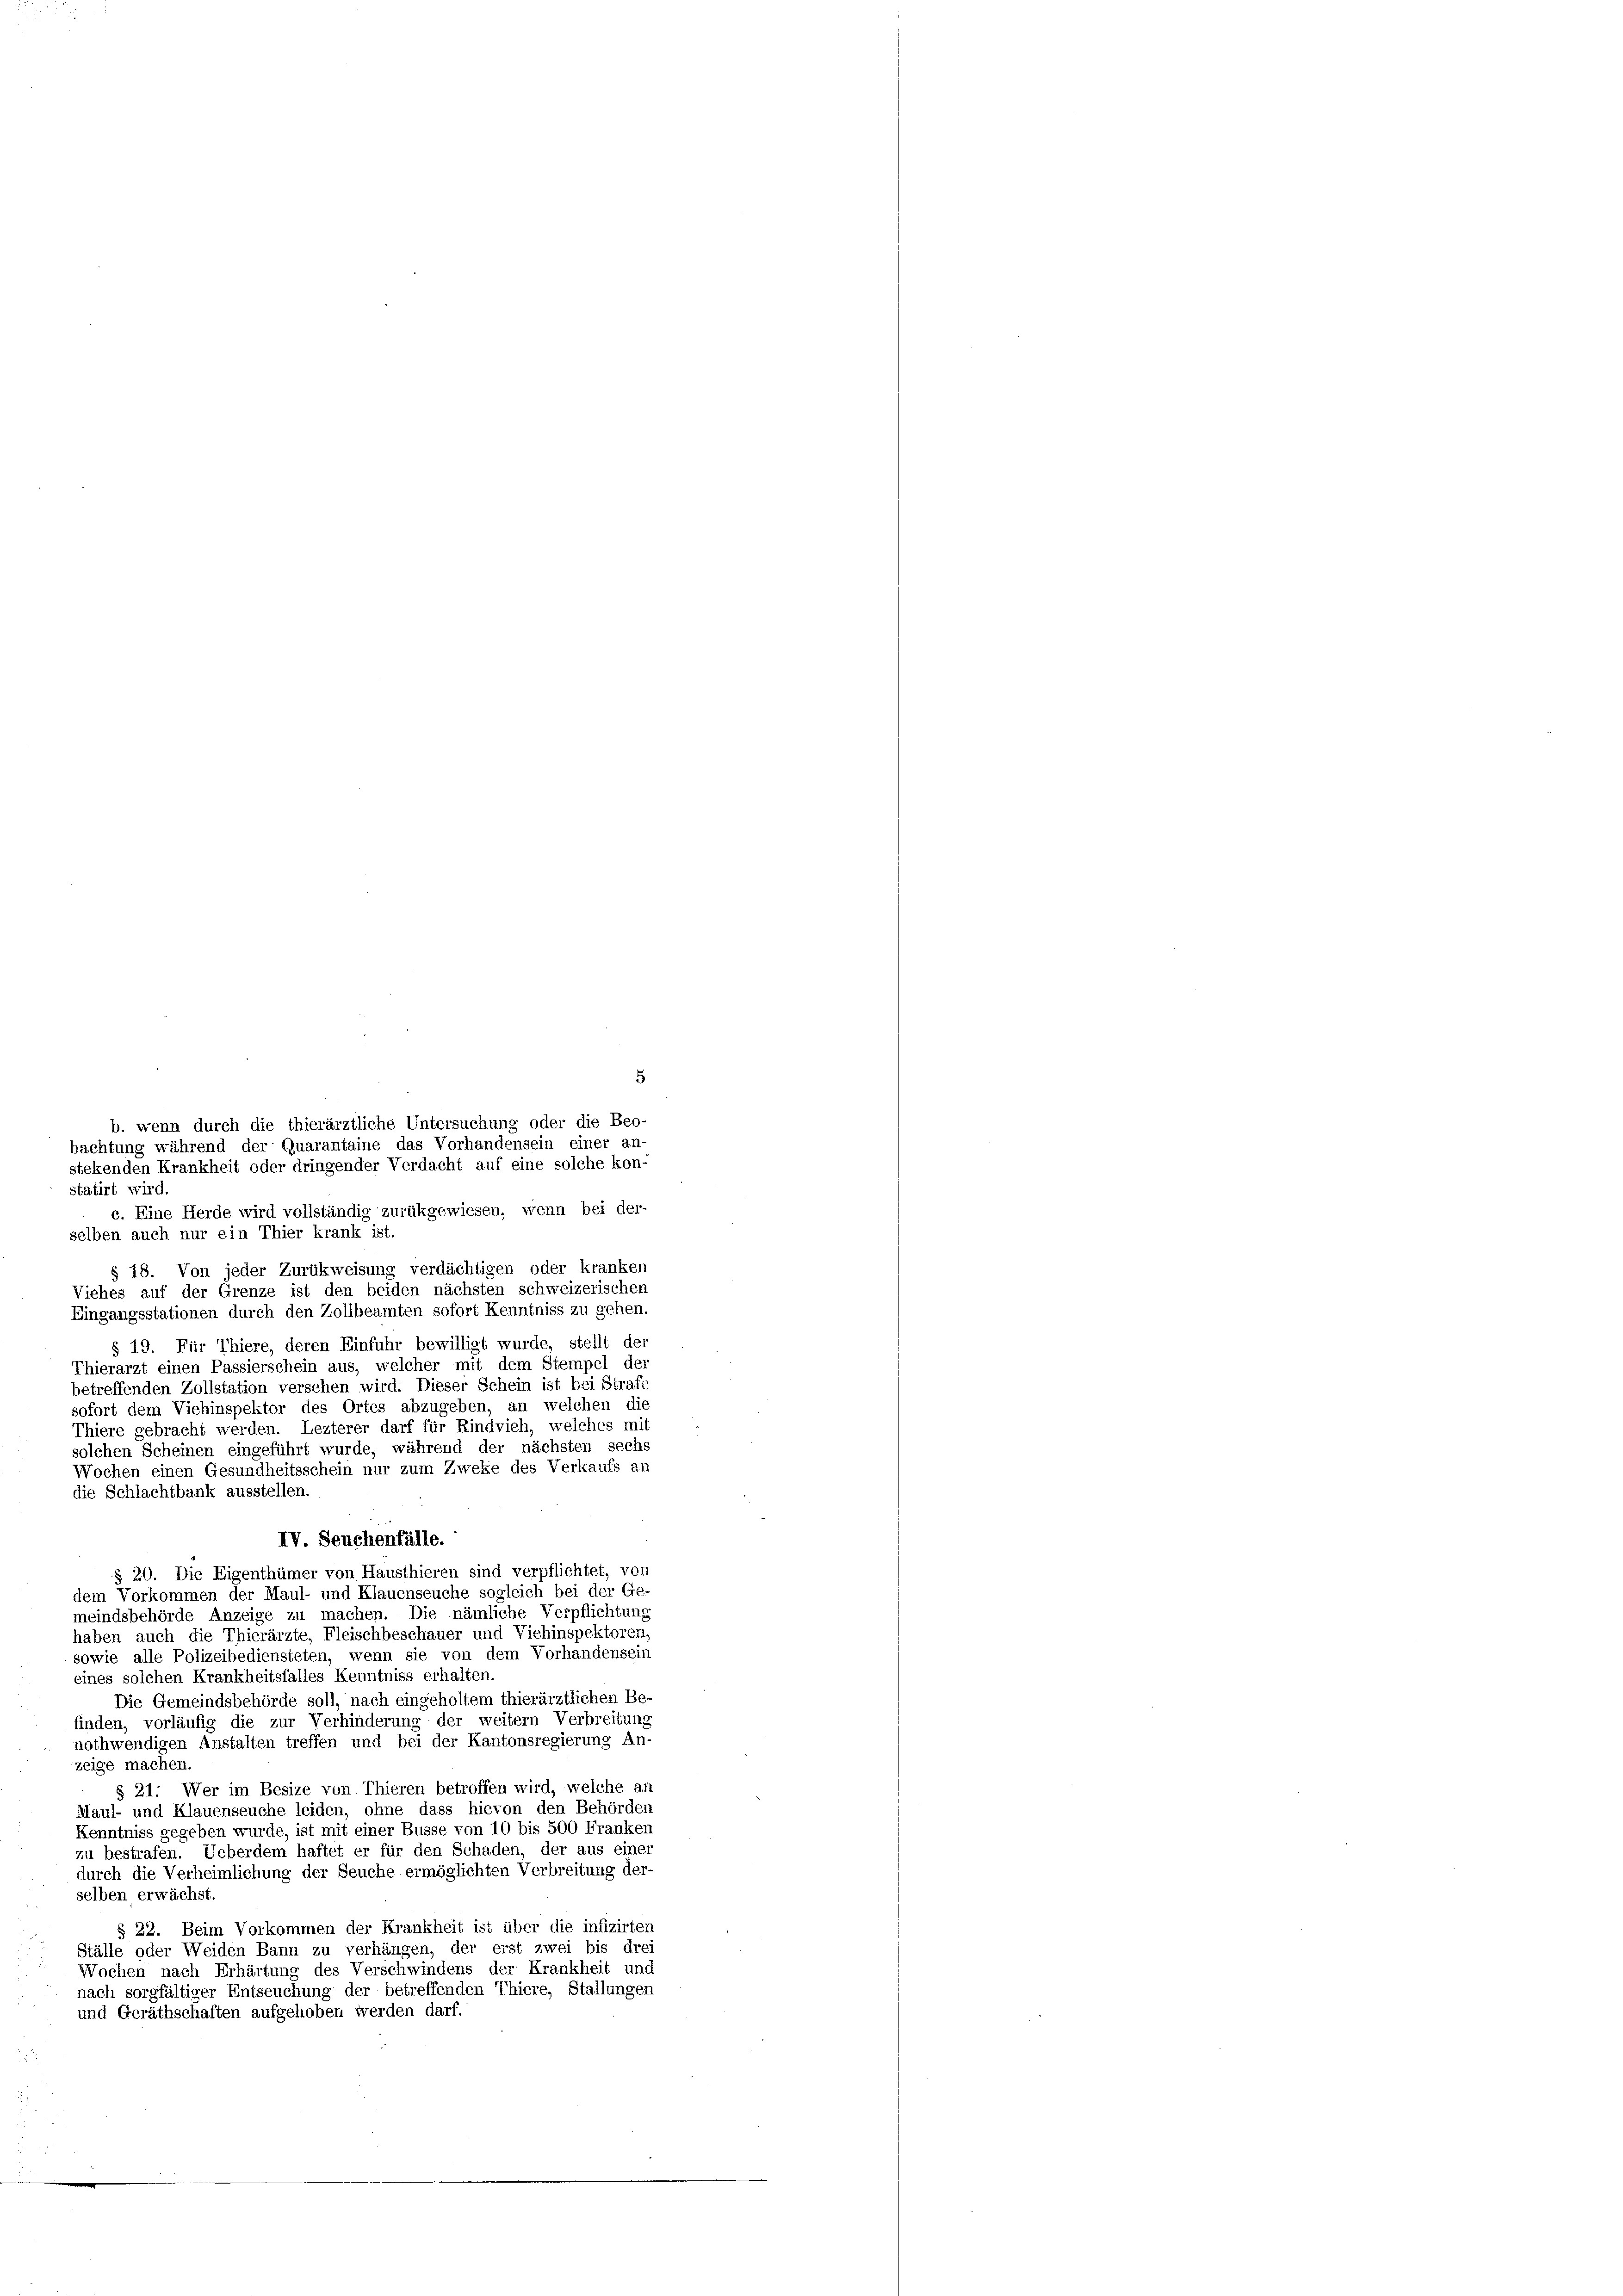
statirt wird.
c. Eine Herde wird vollständig zurükgewiesen, wenn bei der-
selben auch nur ein Thier krank ist.
§ 18. Von jeder Zurückweisung verdächtigen oder kranken
Viehes auf der Grenze ist den beiden nächsten schweizerischen
Eingangsstationen durch den Zollbeamten sofort Kenntniss zu gehen.
§ 19. Für Thiere, deren Einfuhr bewilligt wurde, stellt der
Thierarzt einen Passierschein aus, welcher mit dem Stempel der
betreffenden Zollstation versehen wird. Dieser Schein ist bei Strafe
sofort dem Viehinspektor des Ortes abzugeben, an welchen die
Thiere gebracht werden. Lezterer darf für Rindvieh, welches mit
solchen Scheinen eingeführt wurde, während der nächsten sechs
Wochen einen Gesundheitsschein nur zum Zweke des Verkaufs al
die Schlachtbank ausstellen.
IV. Seuchenfälle.
§ 20. Die Eigenthümer von Hausthieren sind verpflichtet, von
dem Vorkommen der Maul- und Klauenseuche sogleich bei der Ge-
meindsbehörde Anzeige zu machen. Die nämliche Verpflichtung
haben auch die Thierärzte, Fleischbeschauer und Viehinspektoren,
sowie alle Polizeibediensteten, wenn sie von dem Vorhandensein
eines solchen Krankheitsfalles Kenntniss erhalten.
Die Gemeindsbehörde soll, nach eingeholtem thierärztlichen Be-
finden, vorläufig die zur Verhinderung der weitern Verbreitung
nothwendigen Anstalten treffen und bei der Kantonsregierung An-
zeige machen.
§ 21. Wer im Besize von Thieren betroffen wird, welche an
Maul- und Klauenseuche leiden, ohne dass hievon den Behörden
Kenntniss gegeben wurde, ist mit einer Busse von 10 bis 500 Franken
zu bestrafen. Ueberdem haftet er für den Schaden, der aus einer
durch die Verheimlichung der Seuche ermöglichten Verbreitung der-
selben erwächst.
§ 22. Beim Vorkommen der Krankheit ist über die infizirten
Ställe oder Weiden Bann zu verhängen, der erst zwei bis drei
Wochen nach Erhärtung des Verschwindens der Krankheit und
nach sorgfältiger Entseuchung der betreffenden Thiere, Stallungen
und Geräthschaften aufgehoben werden darf.

5
b. wenn durch die thierärztliche Untersuchung oder die Beo-
bachtung während der Quarantaine das Vorhandensein einer an-
stekenden Krankheit oder dringender Verdacht auf eine solche kon-